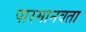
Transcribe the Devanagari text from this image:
पारमानवता